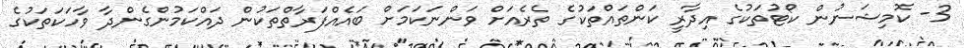
3- ކޮމިޝަނުން ކޯޓުތަކުގެ އިދާރީ ކަންތައްތަކުގެ ތެރެއަށް ވަންނަކަމަށް ބައެއްފަރާތްތަކުން ދައްކަމުންގެންދާ ވާހަކަތަކުގެ